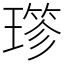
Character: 𤨤